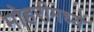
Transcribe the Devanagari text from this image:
मोहरीमध्ये